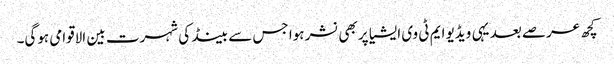
کچھ عرصے بعد یہی ویڈیو ایم ٹی وی ایشیا پر بھی نشر ہوا جس سے بینڈ کی شہرت بین الاقوامی ہوگی۔